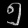
Digit: ၅